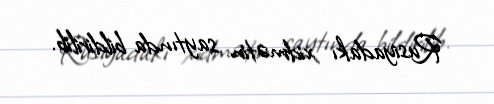
Rusiyadakı xidmətin saytında bildirilib.